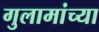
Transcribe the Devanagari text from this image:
गुलामांच्या